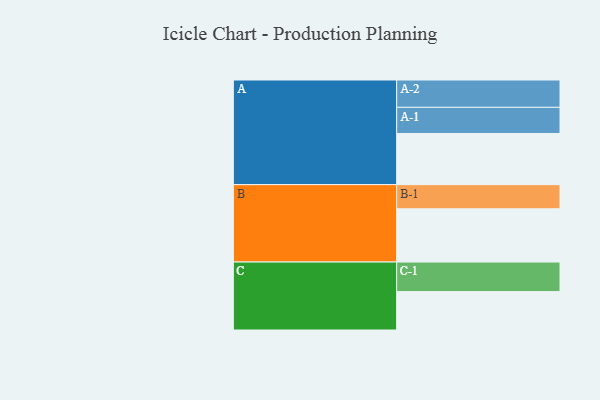
{"axis": {"x": "Segment", "y": "Value"}, "legend": ["", "A", "B", "C"], "data": [{"x": "A", "y": 509, "type": ""}, {"x": "B", "y": 530, "type": ""}, {"x": "C", "y": 382, "type": ""}, {"x": "A-1", "y": 260, "type": "A"}, {"x": "A-2", "y": 272, "type": "A"}, {"x": "B-1", "y": 240, "type": "B"}, {"x": "C-1", "y": 294, "type": "C"}]}